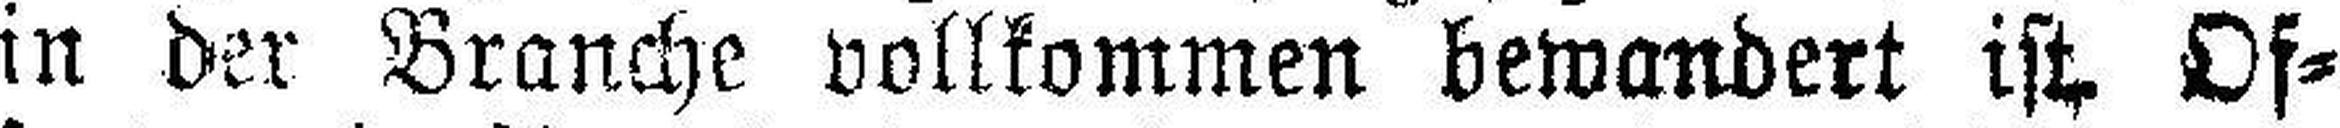
in der Branche vollkommen bewandert ist Of¬